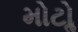
મોટોૢ